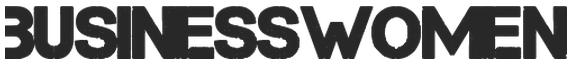
BUSINESSWOMEN